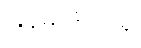
မြန်မာနိုင်ငံရှိ